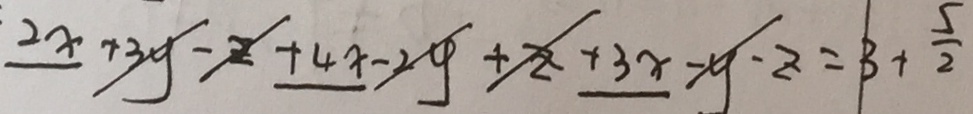
2 x + 3 y - z + 4 x - 2 y + z + 3 x - y - z = 3 + \frac { 5 } { 2 }